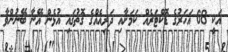
އަކީ 68 އަހަރުގެ ޑޮކްޓަރެއް ކަމަށާއި ދަރިއެއްގެ ގޮތުގައި އުޅެން އޭނާ ބޭނުންވާ